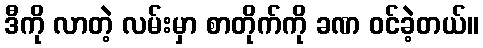
ဒီကို လာတဲ့ လမ်းမှာ စာတိုက်ကို ခဏ ဝင်ခဲ့တယ်။